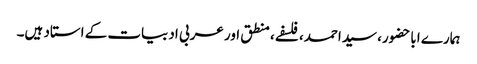
ہمارے اباحضور، سیداحمد، فلسفے، منطق اور عربی ادبیات کے استاد ہیں۔